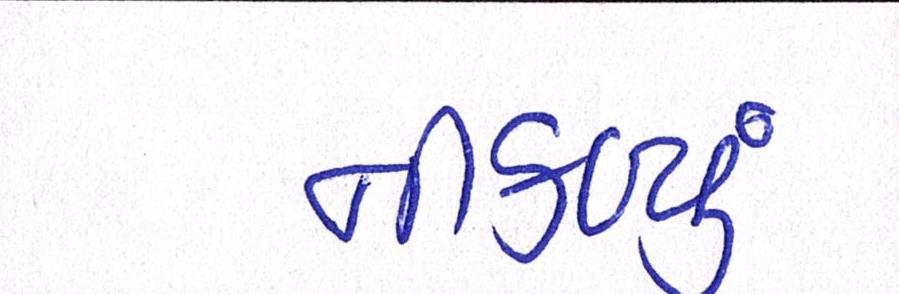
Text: નીકળ્યું